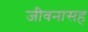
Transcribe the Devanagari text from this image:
जीवनासह